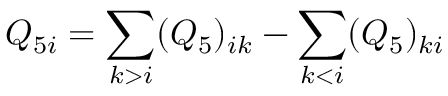
Q _ { 5 i } = \sum _ { k > i } ( Q _ { 5 } ) _ { i k } - \sum _ { k < i } ( Q _ { 5 } ) _ { k i }